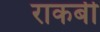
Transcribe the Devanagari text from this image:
राकबी